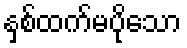
နှစ်ထက်မပိုသော